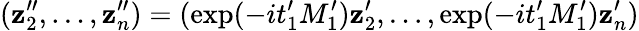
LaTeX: (\mathbf{z}_{2}^{\prime\prime},\ldots,\mathbf{z}_{n}^{\prime\prime})=(\exp(-it_{1}^{\prime}M_{1}^{\prime})\mathbf{z}_{2}^{\prime},\ldots,\exp(-it_{1}^{\prime}M_{1}^{\prime})\mathbf{z}_{n}^{\prime})